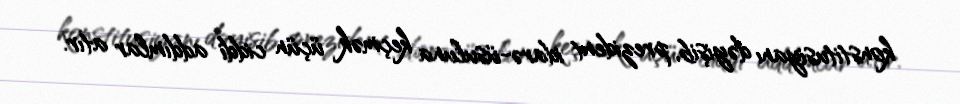
konstitusiyanı dəyişib, prezident idarə-üsuluna keçmək üçün ciddi addımlar atır.